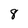
Character: 8